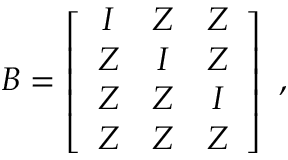
\boldsymbol { B } = \left[ \begin{array} { c c c } { \boldsymbol { I } } & { \boldsymbol { Z } } & { \boldsymbol { Z } } \\ { \boldsymbol { Z } } & { \boldsymbol { I } } & { \boldsymbol { Z } } \\ { \boldsymbol { Z } } & { \boldsymbol { Z } } & { \boldsymbol { I } } \\ { \boldsymbol { Z } } & { \boldsymbol { Z } } & { \boldsymbol { Z } } \end{array} \right] \mathrm { ~ , ~ }